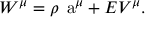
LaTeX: W ^ { \mu } = \rho \mathrm { \Large ~ a } ^ { \mu } + E V ^ { \mu } .